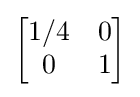
{\begin{bmatrix}1/4&0\\0&1\\\end{bmatrix}}